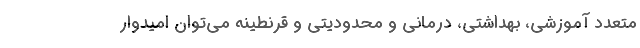
متعدد آموزشی، بهداشتی، درمانی و محدودیتی و قرنطینه می‌توان امیدوار